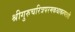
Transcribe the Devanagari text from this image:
श्रीगुरुचरित्रपरमकथाकल्पतरौ